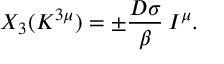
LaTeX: X _ { 3 } ( K ^ { 3 \mu } ) = \pm \frac { D \sigma } { \beta } \, I ^ { \mu } .